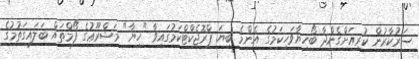
ސަރުކާރުން ކުރިއަށްގެންދާ ބޯހިޔާވަހިކަމުގެ އެންމެ ބިޔަ ޕްރޮޖެކްޓްކަމުގައިވާ "ހިޔާ" މަޝްރޫޢުގެ ފޯމްތައް ބަލައިގަތުމުގެ